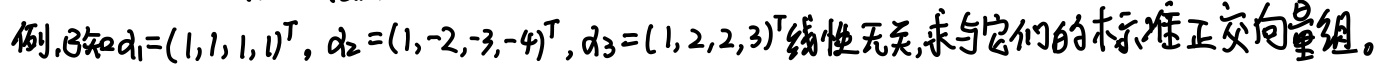
例.已知$\alpha_1=(1,1,1,1)^T$, $\alpha_2=(1,-2,-3,-4)^T$, $\alpha_3=(1,2,2,3)^T$线性无关, 求与它们的标准正交向量组。